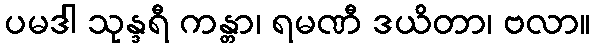
ပမဒါ သုန္ဒရီ ကန္တာ၊ ရမဏီ ဒယိတာ၊ ဗလာ။